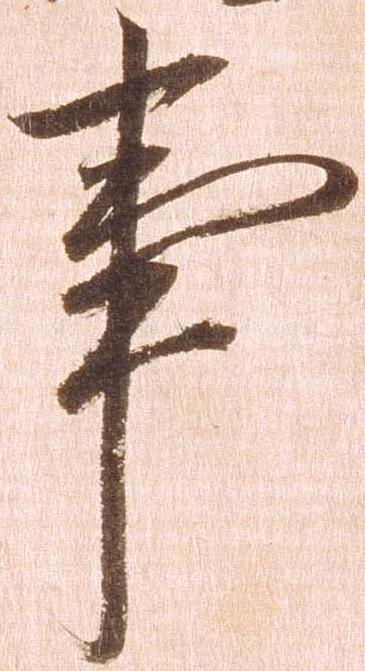
事